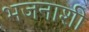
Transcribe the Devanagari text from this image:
भजनाशी